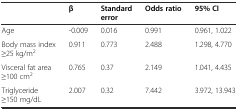
|  | β | Standard error | Odds ratio | 95% CI |
 | --- | --- | --- | --- | --- |
 | Age | -0.009 | 0.016 | 0.991 | 0.961, 1.022 |
 | Body mass index ≥25 kg/m2 | 0.911 | 0.773 | 2.488 | 1.298, 4.770 |
 | Visceral fat area ≥100 cm2 | 0.765 | 0.37 | 2.149 | 1.041, 4.435 |
 | Triglyceride ≥150 mg/dL | 2.007 | 0.32 | 7.442 | 3.972, 13.943 |